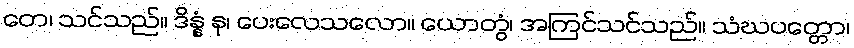
တေ၊ သင်သည်။ ဒိန္နံ နု၊ ပေးလေသလော။ ယောတွံ၊ အကြင်သင်သည်။ သံဃပတ္တော၊